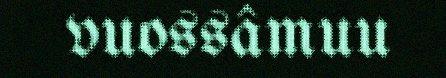
vuossâmuu